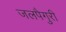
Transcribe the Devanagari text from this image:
जलपैगुरी